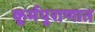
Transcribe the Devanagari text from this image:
कूर्मपुराणात